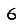
Digit: 6